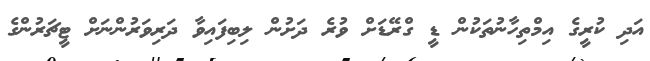
އަދި ކުރީގެ އިމްތިހާނުތަކުން ޑީ ގްރޭޑަށް ވުރެ ދަށުން ލިބިފައިވާ ދަރިވަރުންނަށް ޓީޗަރުންގެ